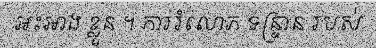
អះអាង ខ្លួន ។ ការរំលោភ ទន្ទ្រាន របស់